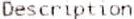
DESCRIPTION